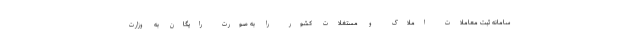
سامانه ثبت معاملات املاک و مستغلات کشور را به صورت رایگان به وزارت